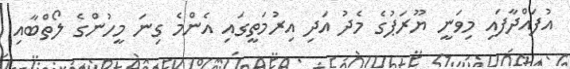
އުފައްދާފައި މިވަނީ ޔޫރަޕުގެ މެދު އަދި އިރުމަތީގައި އެންމެ ގިނަ މީހުންގެ ލޯތްބާއި